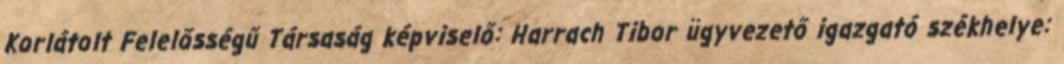
Korlátolt Felelősségű Társaság képviselő: Harrach Tibor ügyvezető igazgató székhelye: